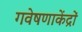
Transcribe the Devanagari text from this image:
गवेषणाकेंद्रों